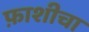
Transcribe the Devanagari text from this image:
फ़ाशीचा